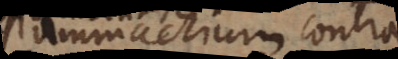
Pammachium contra